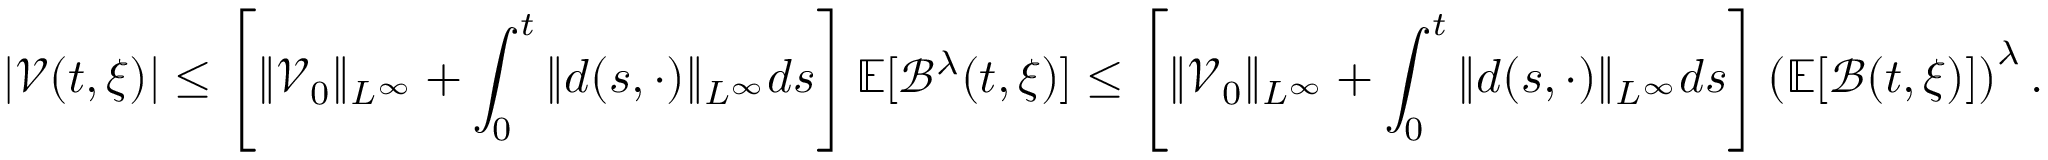
| \mathcal { V } ( t , \xi ) | \leq \left[ \| \mathcal { V } _ { 0 } \| _ { L ^ { \infty } } + \int _ { 0 } ^ { t } \| d ( s , \cdot ) \| _ { L ^ { \infty } } d s \right] \mathbb { E } [ \mathcal { B } ^ { \lambda } ( t , \xi ) ] \leq \left[ \| \mathcal { V } _ { 0 } \| _ { L ^ { \infty } } + \int _ { 0 } ^ { t } \| d ( s , \cdot ) \| _ { L ^ { \infty } } d s \right] \left( \mathbb { E } [ \mathcal { B } ( t , \xi ) ] \right) ^ { \lambda } .